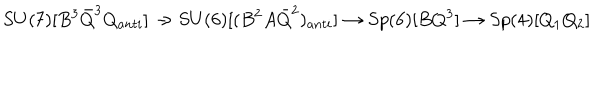
LaTeX: S U ( 7 ) [ B ^ { 3 } { \bar { Q } } ^ { 3 } Q _ { a n t i } ] \rightarrow S U ( 6 ) [ ( B ^ { 2 } A { \bar { Q } } ^ { 2 } ) _ { a n t i } ] \rightarrow S p ( 6 ) [ B Q ^ { 3 } ] \rightarrow S p ( 4 ) [ Q _ { 1 } Q _ { 2 } ]